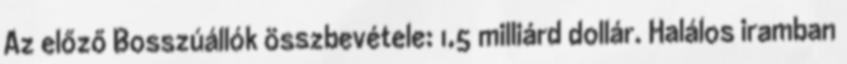
Az előző Bosszúállók összbevétele: 1,5 milliárd dollár. Halálos iramban